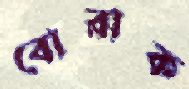
বোরাক